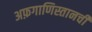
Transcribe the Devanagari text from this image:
अफ़गाणिस्तानची